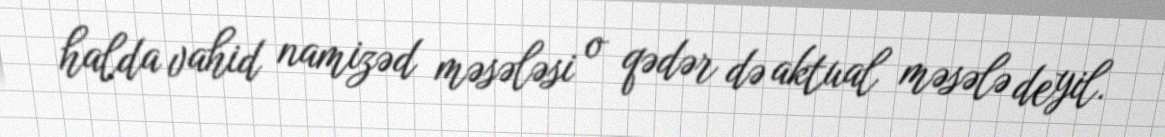
halda vahid namizəd məsələsi o qədər də aktual məsələ deyil.